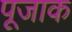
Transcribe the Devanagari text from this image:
पूजाक